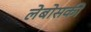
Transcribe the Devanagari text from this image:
लेबोसकी